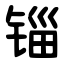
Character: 锱